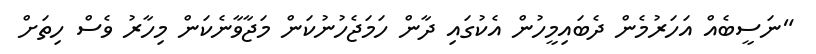
"ނަސީބެއް އަހަރުމެން ދެބައިމީހުން އެކުގައި ދާން ހަމަޖެހުނުކަން މަޖާވާނެކަން މިހާރު ވެސް ހިތަށް